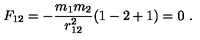
F _ { 1 2 } = - \frac { m _ { 1 } m _ { 2 } } { r _ { 1 2 } ^ { 2 } } ( 1 - 2 + 1 ) = 0 \ .